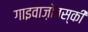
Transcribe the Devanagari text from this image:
गाइवाज़ोवस्की